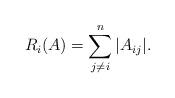
LaTeX: \begin{align*}R_i(A) = \sum_{j \neq i}^n{|A_{ij}|}.\end{align*}